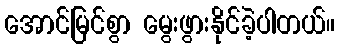
အောင်မြင်စွာ မွေးဖွားနိုင်ခဲ့ပါတယ်။